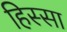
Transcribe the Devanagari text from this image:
हिस्सा